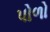
પોળો